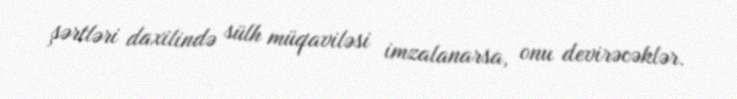
şərtləri daxilində sülh müqaviləsi imzalanarsa, onu devirəcəklər.